Vabadussoja_Ajaloo_Komitee, lk 25
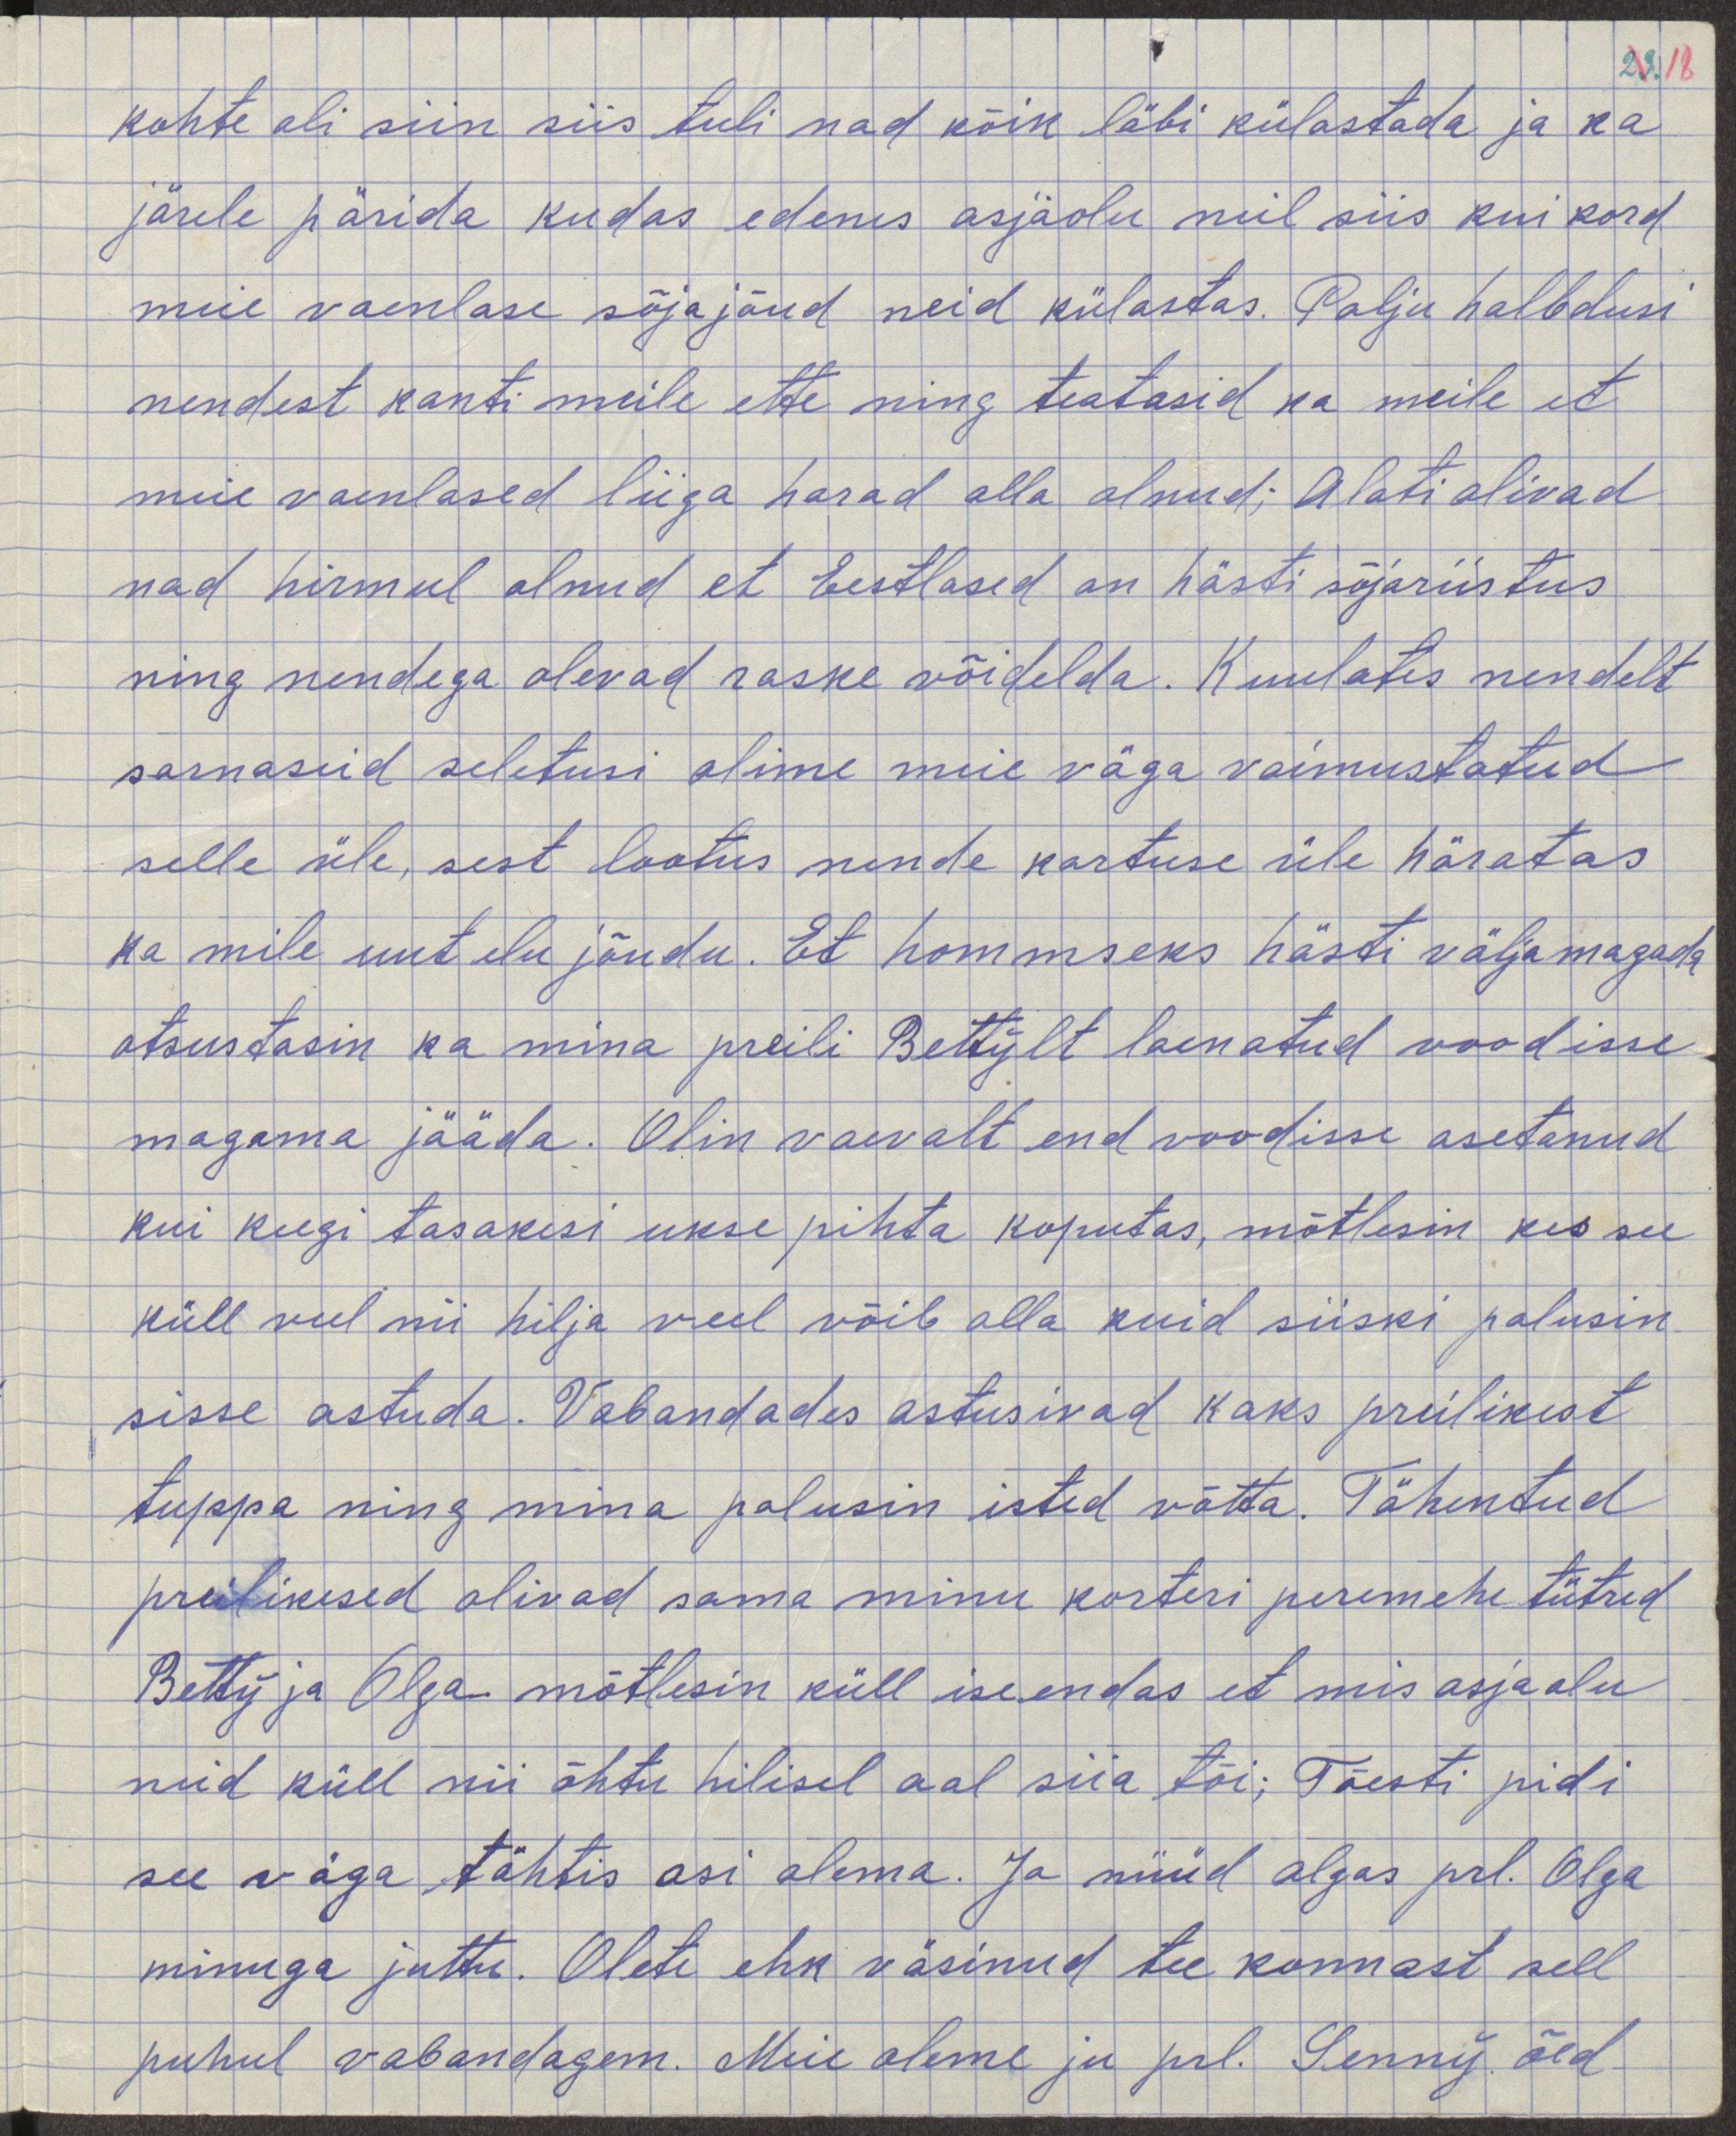
kohte oli siin siis tuli nad kõik läbi külastada ja ka
järele pärida kuidas edenes asjaolu neil siis kui kord
meie vaenlase sõjajõud neid külastas. Palju halbdusi
nendest kanti meile ette ning teatasid ka meile et
meie vaenlased liig harad olla olnud; Alati olivad
nad hirmul olnud et Eestlased on hästi sõjariistus
ning nendega olevad raske võidelda. Kuulates nendelt
sarnaseid seletusi olime meie väga vaimustatud
selle üle, sest lootus nende kartuse üle häratas
ka meile uut elu jõudu. Et hommseks hästi välja magada
otsustasime ka minna preili Bettylt laenatud voodisse
magama jääda. Olin vaevalt end voodisse asetanud
kui keegi tasakesi ukse pihta koputas, mõtlesime kes see
küll veel nii hilja veel võib olla kuid siiski palusin
sisse astuda. Vabandades astusivad kaks preilikest
tuppa ning mina palusin isted võtta. Tähentud
preilikesed olivad sama minu korteri peremehed tütred
Betty ja Olga mõtlesin küll ise endas et mis asjaolu
neid küll nii õhtu hilisel aal siia tõi; Tõesti pidi
see väga tähtis asi olema. Ja nüüd algas prl. Olga
minuga juttu. Olete ehk väsinud tee konnast sell
puhul vabandagem. Meie oleme ju prl. Senny õed